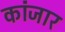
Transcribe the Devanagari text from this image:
कांजार